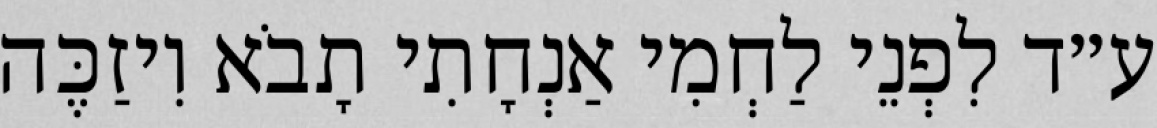
ע״ד לִפְנֵי לַחְמִי אַנְחָתִי תָבֹא וִיזַכֶּה